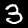
Digit: 3